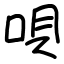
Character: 唄